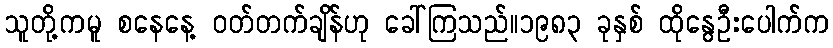
သူတို့ကမူ စနေနေ့ ဝတ်တက်ချိန်ဟု ခေါ်ကြသည်။၁၉၈၃ ခုနှစ် ထိုနွေဦးပေါက်က